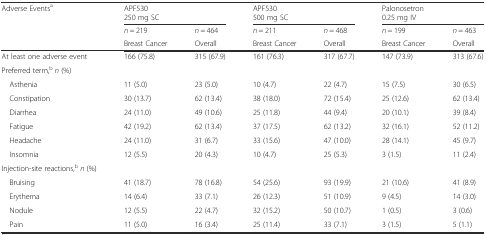
<table><thead><tr><td rowspan="3"><b>Adverse Events<sup>a</sup></b></td><td colspan="2"><b>APF530250 mg SC</b></td><td colspan="2"><b>APF530500 mg SC</b></td><td colspan="2"><b>Palonosetron0.25 mg IV</b></td></tr><tr><td><b><i>n</i> = 219</b></td><td><b><i>n</i> = 464</b></td><td><b><i>n</i> = 211</b></td><td><b><i>n</i> = 468</b></td><td><b><i>n</i> = 199</b></td><td><b><i>n</i> = 463</b></td></tr><tr><td><b>Breast Cancer</b></td><td><b>Overall</b></td><td><b>Breast Cancer</b></td><td><b>Overall</b></td><td><b>Breast Cancer</b></td><td><b>Overall</b></td></tr></thead><tbody><tr><td>At least one adverse event</td><td>166 (75.8)</td><td>315 (67.9)</td><td>161 (76.3)</td><td>317 (67.7)</td><td>147 (73.9)</td><td>313 (67.6)</td></tr><tr><td>Preferred term,<sup>b</sup><i>n</i> (%)</td><td colspan="6"></td></tr><tr><td> Asthenia</td><td>11 (5.0)</td><td>23 (5.0)</td><td>10 (4.7)</td><td>22 (4.7)</td><td>15 (7.5)</td><td>30 (6.5)</td></tr><tr><td> Constipation</td><td>30 (13.7)</td><td>62 (13.4)</td><td>38 (18.0)</td><td>72 (15.4)</td><td>25 (12.6)</td><td>62 (13.4)</td></tr><tr><td> Diarrhea</td><td>24 (11.0)</td><td>49 (10.6)</td><td>25 (11.8)</td><td>44 (9.4)</td><td>20 (10.1)</td><td>39 (8.4)</td></tr><tr><td> Fatigue</td><td>42 (19.2)</td><td>62 (13.4)</td><td>37 (17.5)</td><td>62 (13.2)</td><td>32 (16.1)</td><td>52 (11.2)</td></tr><tr><td> Headache</td><td>24 (11.0)</td><td>31 (6.7)</td><td>33 (15.6)</td><td>47 (10.0)</td><td>28 (14.1)</td><td>45 (9.7)</td></tr><tr><td> Insomnia</td><td>12 (5.5)</td><td>20 (4.3)</td><td>10 (4.7)</td><td>25 (5.3)</td><td>3 (1.5)</td><td>11 (2.4)</td></tr><tr><td>Injection-site reactions,<sup>b</sup><i>n</i> (%)</td><td colspan="6"></td></tr><tr><td> Bruising</td><td>41 (18.7)</td><td>78 (16.8)</td><td>54 (25.6)</td><td>93 (19.9)</td><td>21 (10.6)</td><td>41 (8.9)</td></tr><tr><td> Erythema</td><td>14 (6.4)</td><td>33 (7.1)</td><td>26 (12.3)</td><td>51 (10.9)</td><td>9 (4.5)</td><td>14 (3.0)</td></tr><tr><td> Nodule</td><td>12 (5.5)</td><td>22 (4.7)</td><td>32 (15.2)</td><td>50 (10.7)</td><td>1 (0.5)</td><td>3 (0.6)</td></tr><tr><td> Pain</td><td>11 (5.0)</td><td>16 (3.4)</td><td>25 (11.4)</td><td>33 (7.1)</td><td>3 (1.5)</td><td>5 (1.1)</td></tr></tbody></table>